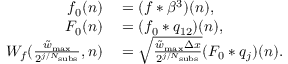
\begin{array} { r l } { f _ { 0 } ( n ) } & { { } = ( f * \beta ^ { 3 } ) ( n ) , } \\ { F _ { 0 } ( n ) } & { { } = ( f _ { 0 } * q _ { 1 2 } ) ( n ) , } \\ { W _ { f } ( \frac { \tilde { w } _ { \mathrm { m a x } } } { 2 ^ { j / N _ { \mathrm { s u b s } } } } , n ) } & { { } = \sqrt { \frac { \tilde { w } _ { \mathrm { m a x } } \Delta x } { 2 ^ { j / N _ { \mathrm { s u b s } } } } } ( F _ { 0 } * q _ { j } ) ( n ) . } \end{array}